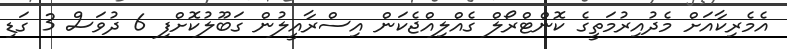
އެމެރިކާއަށް މެދުއިރުމަތީގެ ކޮންޓްރޯލް ގެއްލިއްޖެކަން އިސްރާއީލުން ގަބޫލުކޮށްފި 6 ދުވަސް 3 ގަޑި